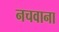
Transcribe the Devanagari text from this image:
नचवाना